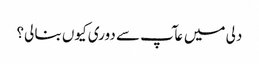
دلی میں عآپ سے دوری کیوں بنا لی؟